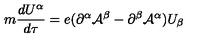
m \frac { d U ^ { \alpha } } { d \tau } = e ( \partial ^ { \alpha } { \cal A } ^ { \beta } - \partial ^ { \beta } { \cal A } ^ { \alpha } ) U _ { \beta }